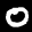
Label: 0